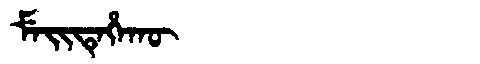
Manchu: ᠮᡝᡳᡨᡝᡥᠠᡴᡡ
Romanization: MEITEHAKŪ